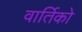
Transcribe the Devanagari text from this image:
वार्तिको